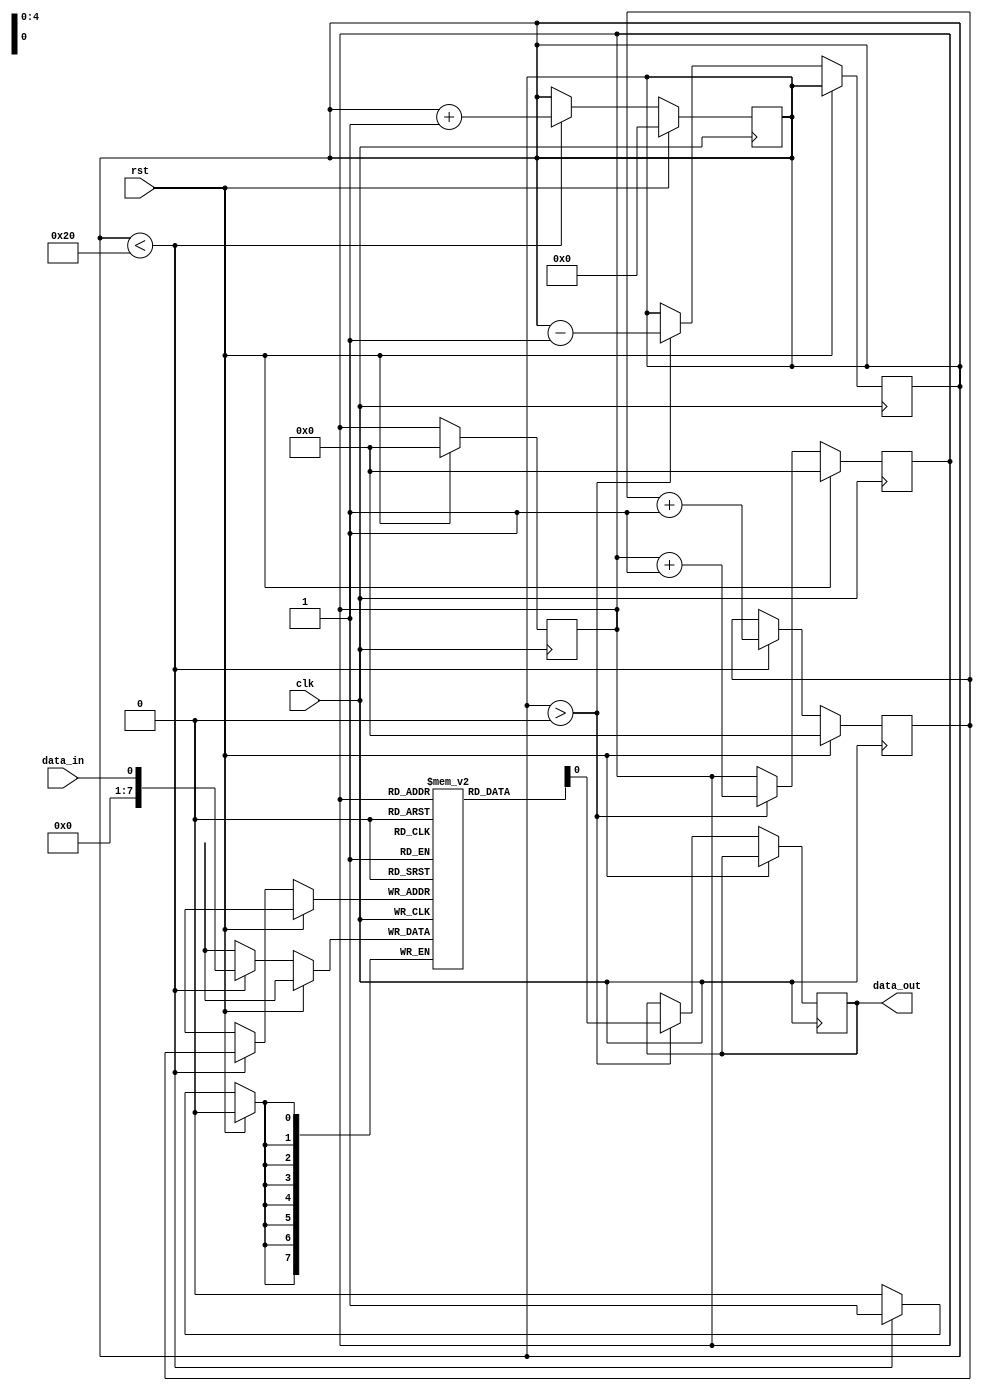
module fifo_buffer (
    input wire clk,
    input wire rst,
    input wire data_in,
    output wire data_out
);

reg [7:0] fifo [0:31];
reg [4:0] write_ptr = 0;
reg [4:0] read_ptr = 0;
reg [8:0] count = 0;

always @(posedge clk) begin
    if (rst) begin
        write_ptr <= 0;
        read_ptr <= 0;
        count <= 0;
    end else begin
        if(count < 32) begin
            fifo[write_ptr] <= data_in;
            write_ptr <= write_ptr + 1;
            count <= count + 1;
        end
    end
end

always @(posedge clk) begin
    if (rst) begin
        read_ptr <= 0;
    end else begin
        if(count > 0) begin
            data_out <= fifo[read_ptr];
            read_ptr <= read_ptr + 1;
            count <= count - 1;
        end
    end
end

endmodule